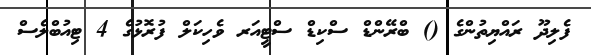
ފެލިދޫ ރައްޔިތުންގެ () ބްރޭންޑް ސްކިޑް ސްޓީއަރ ވެހިކަލް ފުރޮޅުގެ 4 ޓިއުބްލެސް